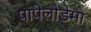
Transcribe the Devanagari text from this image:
पापेलोडेमा